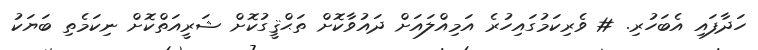
ހަދާފައި އެބަހުރި. # ވެރިކަމުގައިހުރެ އަމިއްލައަށް ދައުވާކޮށް ތަޙްޤީގުކޮށް ޝަރީއަތްކޮށް ނިކަމެތި ބަޔަކު